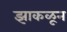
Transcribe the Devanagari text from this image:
झाकळून